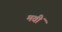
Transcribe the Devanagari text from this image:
मवीं